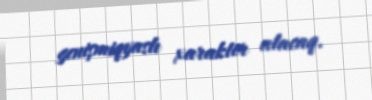
genişmiqyaslı xarakter alacaq.